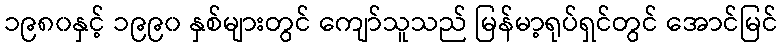
၁၉၈၀နှင့် ၁၉၉၀ နှစ်များတွင် ကျော်သူသည် မြန်မာ့ရုပ်ရှင်တွင် အောင်မြင်